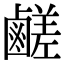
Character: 鹺